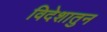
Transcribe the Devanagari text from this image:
विदेशातुन